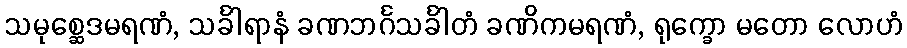
သမုစ္ဆေဒမရဏံ, သင်္ခါရာနံ ခဏဘင်္ဂသင်္ခါတံ ခဏိကမရဏံ, ရုက္ခော မတော လောဟံ